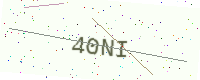
Text: 40NI